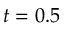
t = 0 . 5